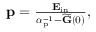
\begin{array} { r } { \mathbf p = \frac { \mathbf E _ { \mathrm { i n } } } { \boldsymbol \alpha _ { \mathrm { p } } ^ { - 1 } - \widetilde { \mathbf G } ( 0 ) } , } \end{array}